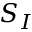
S _ { I }